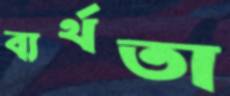
ব্যর্থতা